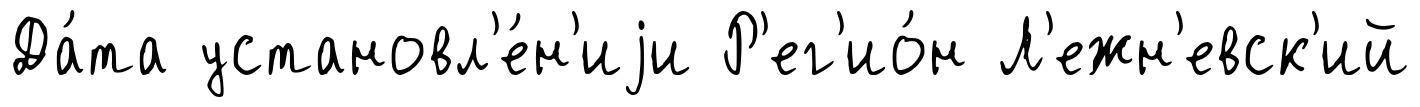
Да́та установл'е́н'иjи Р'ег'ио́н Л'ежн'евск'ий